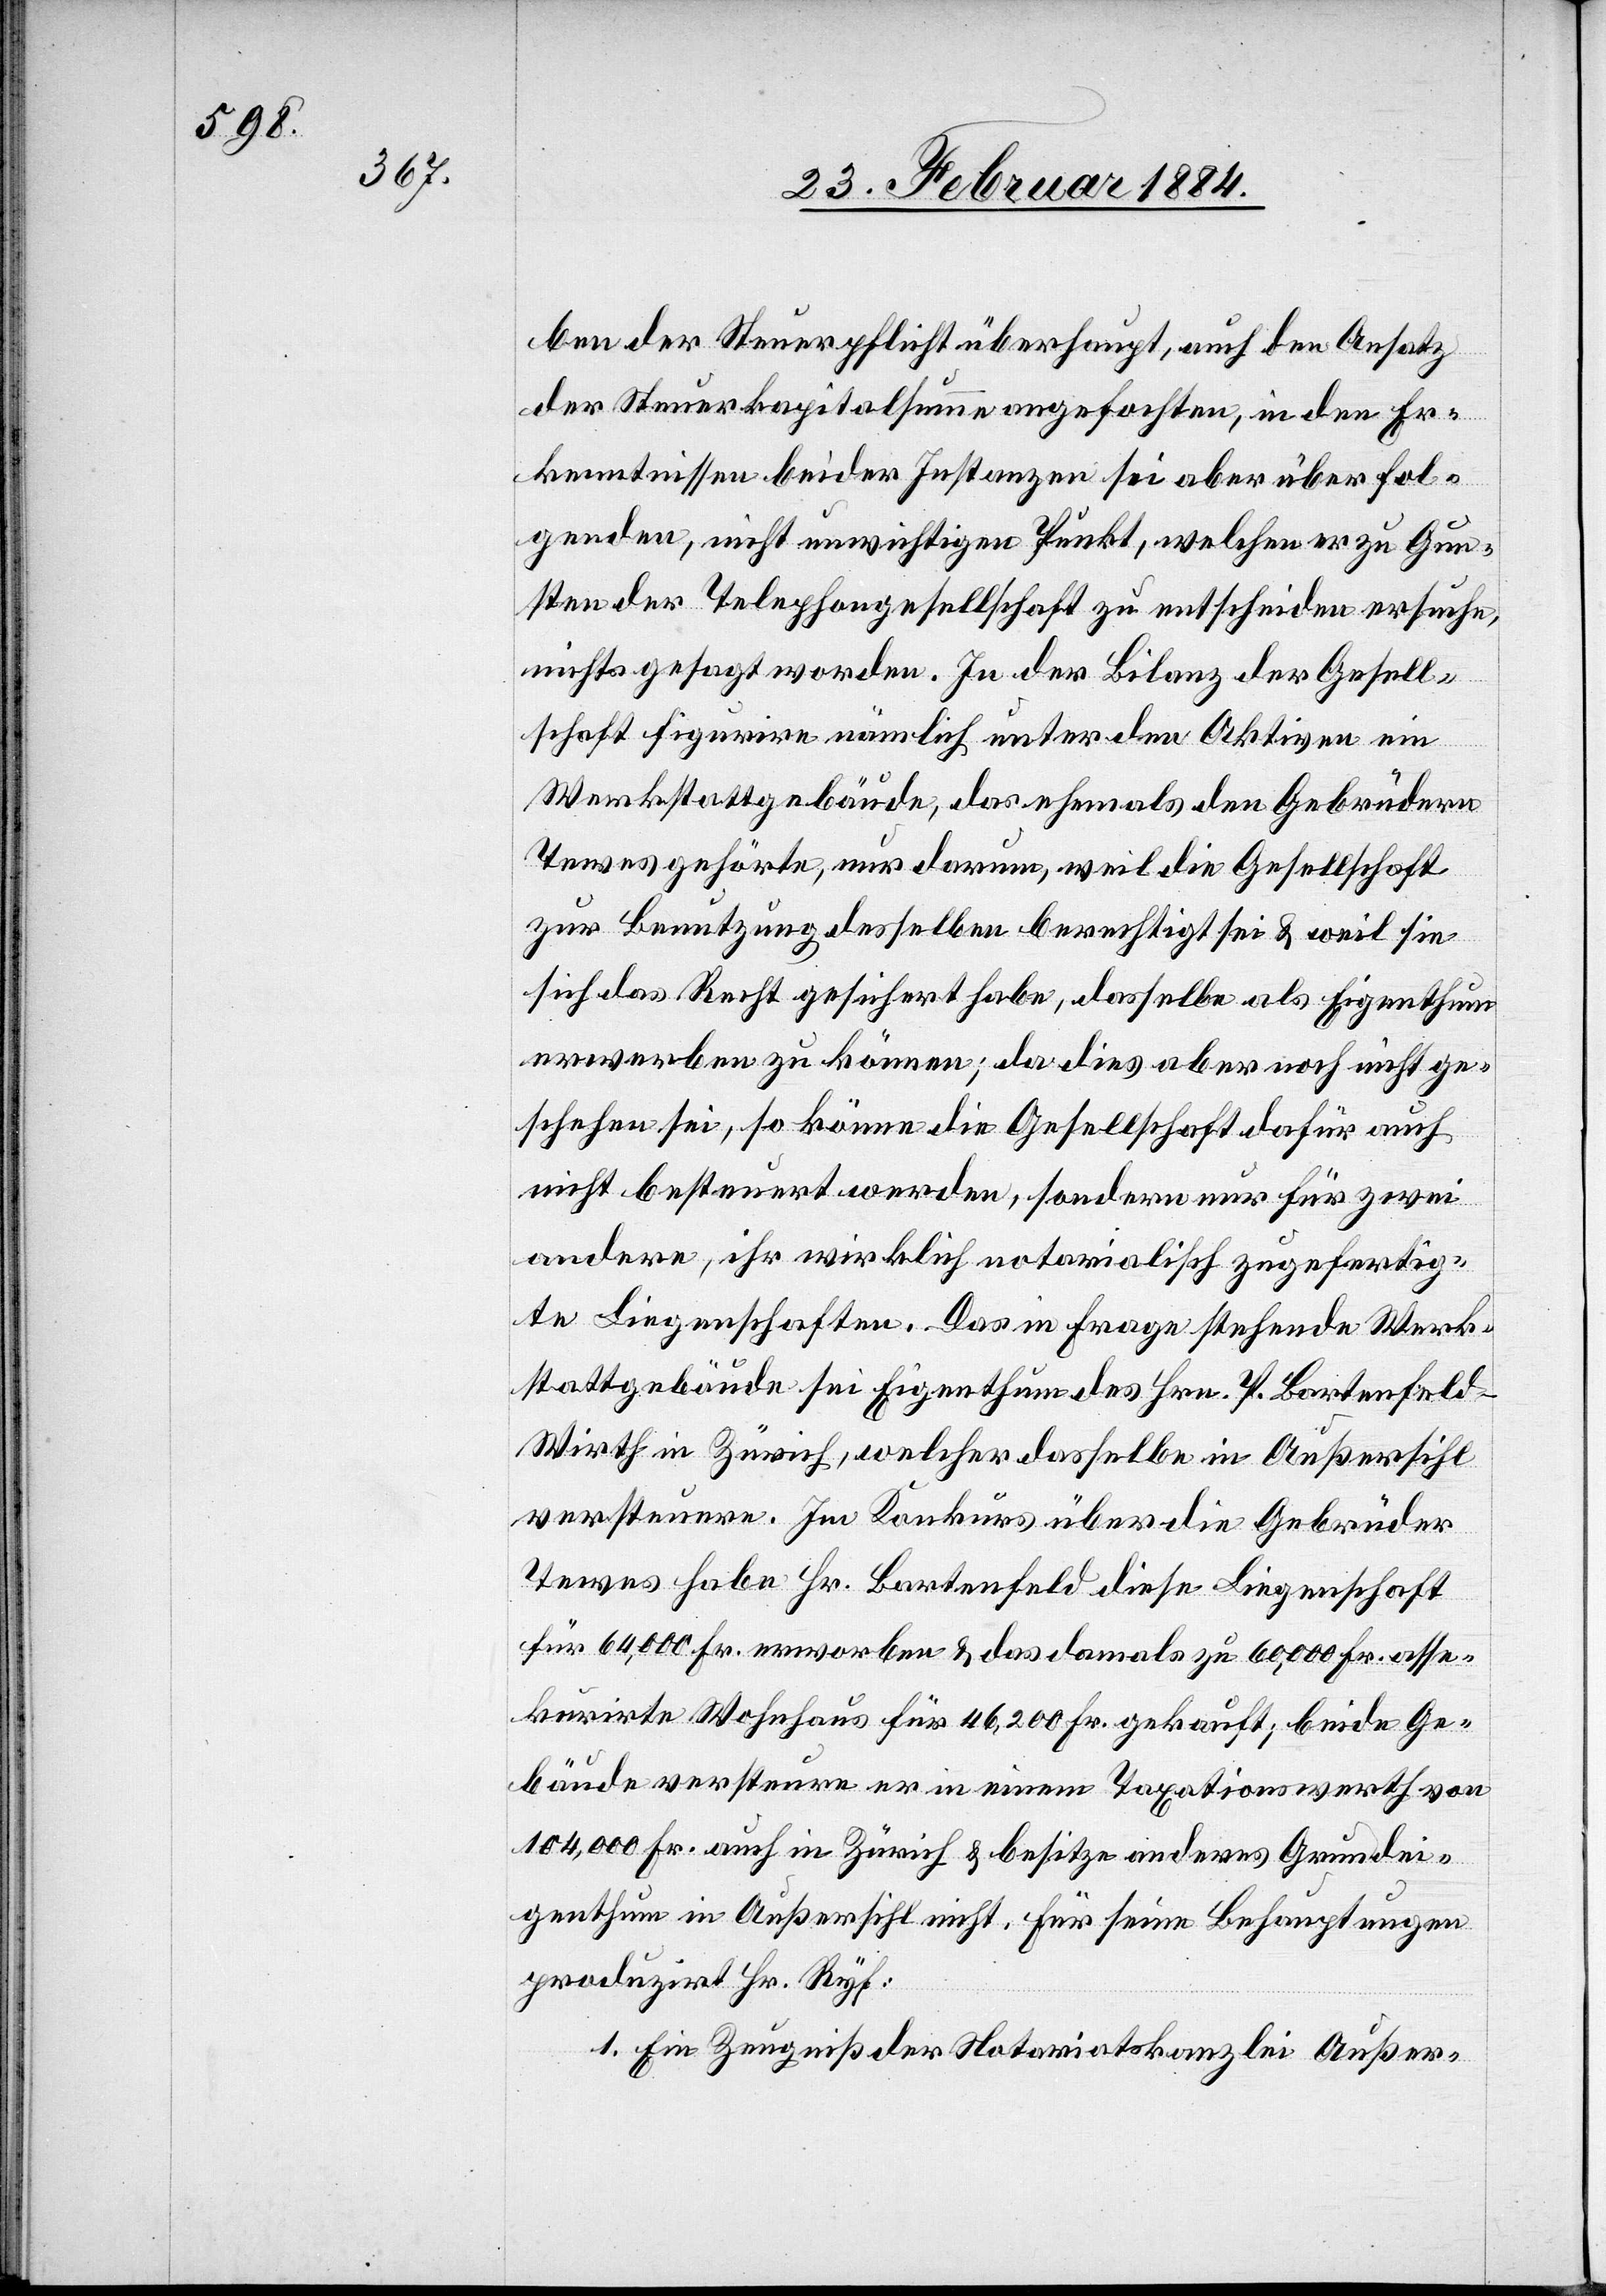
ben der Steuerpflicht überhaupt, auch den Ansatz
der Steuerkapitalsumme angefochten, in den Er¬
kenntnissen beider Instanzen sei aber über fol¬
genden, nicht unwichtigen Punkt, welchen er zu Gun¬
sten der Telephongesellschaft zu entscheiden ersuche,
nichts gesagt worden. In der Bilanz der Gesell¬
schaft figurire nämlich unter den Aktiven ein
Werkstattgebäude, das ehemals den Gebrüdern
Tevens gehörte, nur darum, weil die Gesellschaft
zur Benutzung desselben berechtigt sei & weil sie
sich das Recht gesichert habe, dasselbe als Eigenthum
erwerben zu können; da dies aber noch nicht ge¬
schehen sei, so könne die Gesellschaft dafür auch
nicht besteuert werden, sondern nur für zwei
andere, ihr wirklich notarialisch zugefertig¬
te Liegenschaften. Das in Frage stehende Werk¬
stattgebäude sei Eigenthum des Hrn. P. Bartenfeld –
Wirth in Zürich, welcher dasselbe in Außersihl
versteuere. Im Konkurs über die Gebrüder
Tevens habe Hr. Bartenfeld diese Liegenschaft
für 64,000 Fr. erworben & das damals zu 60,000 Fr. asse¬
kurirte Wohnhaus für 46,200 Fr. gekauft, beide Ge¬
bäude versteuere er in einem Taxationswerth von
produzirt Hr. Ryf:
1. Ein Zeugniß der Notariatskanzlei Außer-